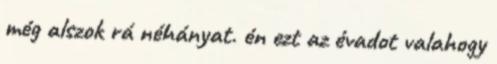
még alszok rá néhányat. én ezt az évadot valahogy